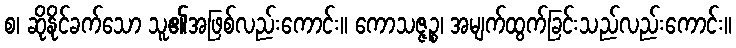
စ၊ ဆိုနိုင်ခက်သော သူ၏အဖြစ်လည်းကောင်း။ ကောသဇ္ဇဉ္စ၊ အမျက်ထွက်ခြင်းသည်လည်းကောင်း။